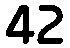
42